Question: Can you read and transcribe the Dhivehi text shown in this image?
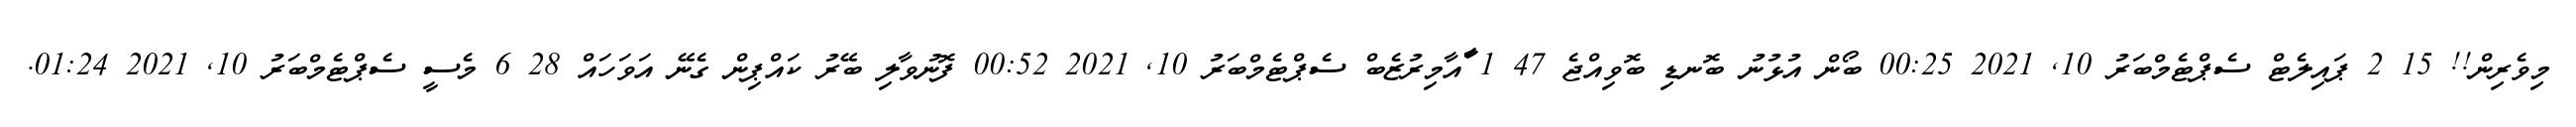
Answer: މިވެރިން!! 15 2 ޕައިލެޓް ސެޕްޓެމްބަރު 10, 2021 00:25 ބޯން އުޅުނު ބޮނޑި ބޮވިއްޖެ 47 1 ާަާއާމިރުޒެބް ސެޕްޓެމްބަރު 10, 2021 00:52 ފޮނުވާލި ބޭރު ކައްޕިން ގެނޭ އަވަހައް 28 6 މެސީ ސެޕްޓެމްބަރު 10, 2021 01:24.